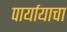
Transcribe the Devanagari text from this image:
पार्यायाचा